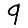
Digit: 9